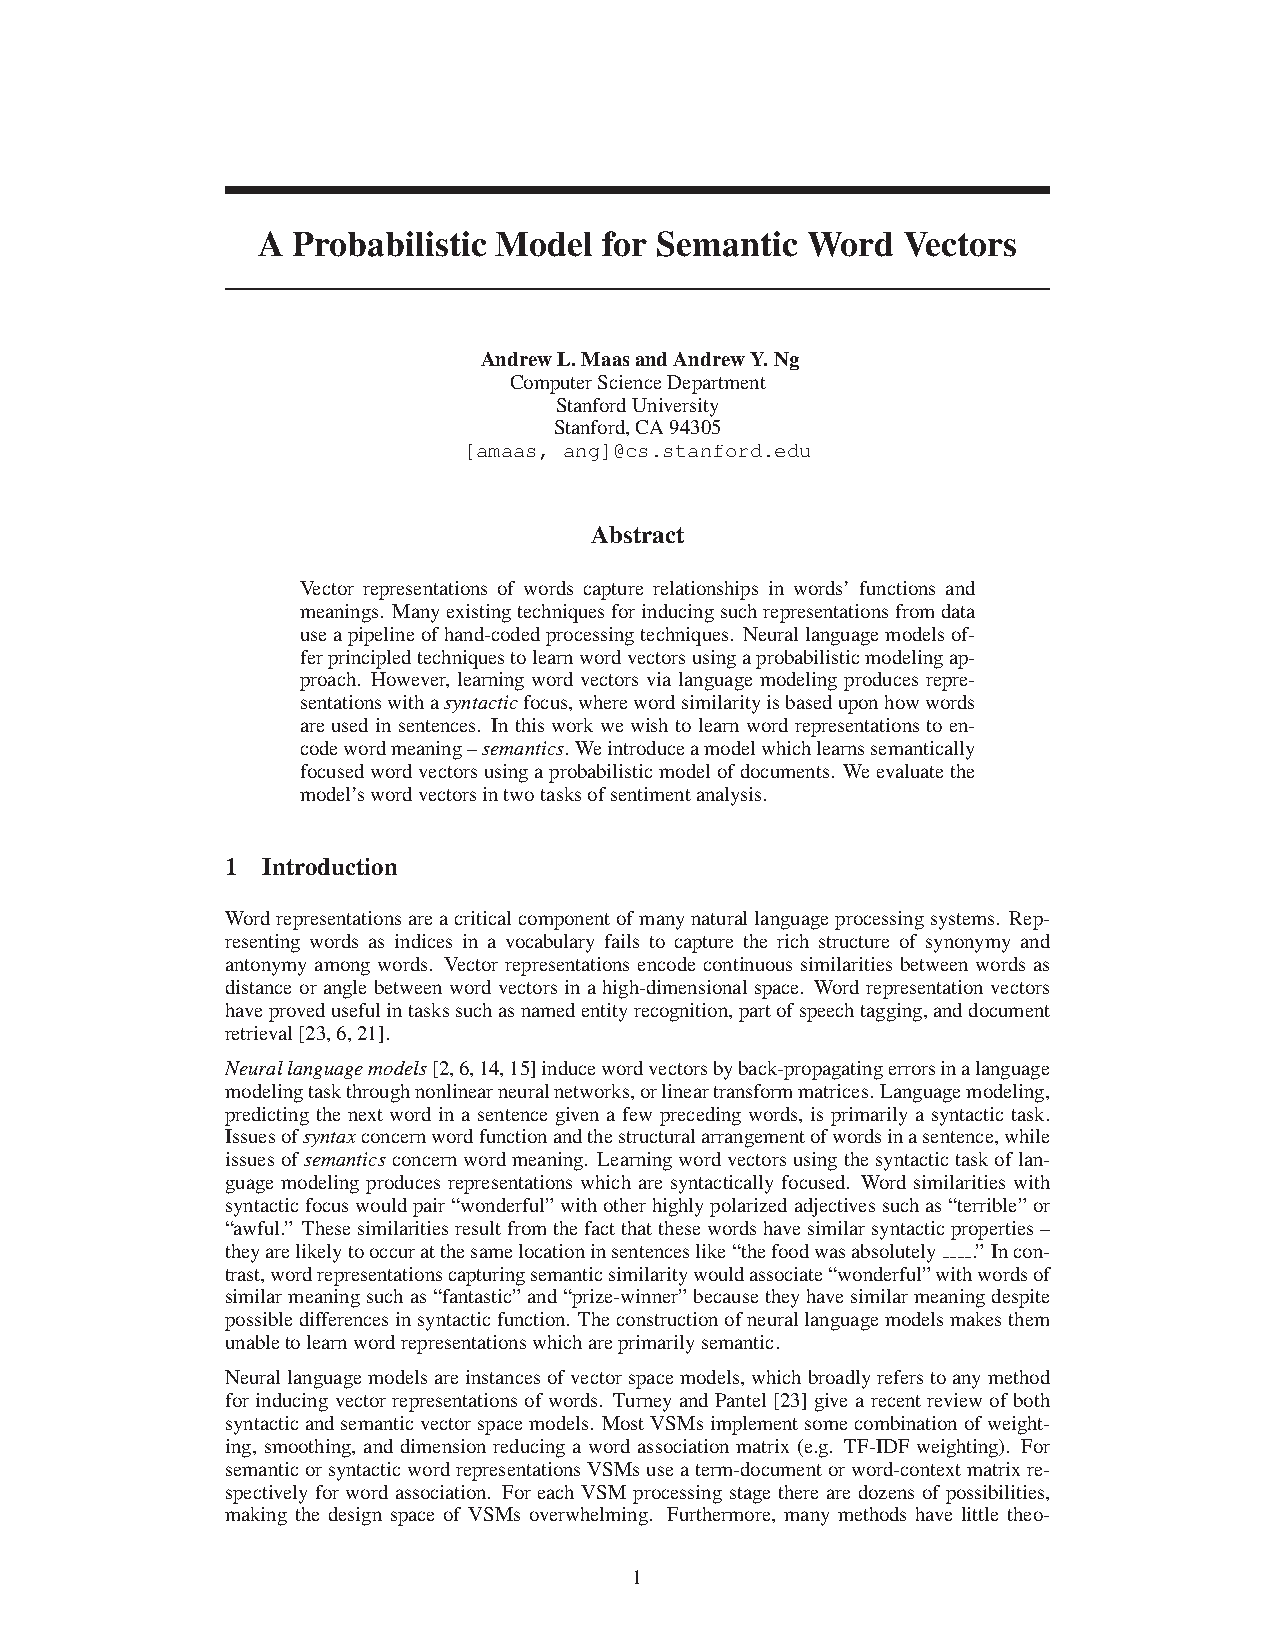
A Probabilistic Model  for Semantic Word   Vectors
 AndrewL.MaasandAndrewY.Ng
 ComputerScienceDepartment
 StanfordUniversity
 Stanford,CA94305
 [amaas, ang]@cs.stanford.edu
 Abstract
 Vector representations of words capture relationships in words’ functions and
 meanings. Manyexistingtechniquesforinducingsuchrepresentationsfromdata
 useapipelineofhand-codedprocessingtechniques. Neurallanguagemodelsof-
 ferprincipledtechniquestolearnwordvectorsusingaprobabilisticmodelingap-
 proach. However, learning word vectors via language modeling produces repre-
 sentationswithasyntacticfocus,wherewordsimilarityisbaseduponhowwords
 areusedinsentences. Inthisworkwewishtolearnwordrepresentationstoen-
 codewordmeaning–semantics. Weintroduceamodelwhichlearnssemantically
 focusedwordvectorsusingaprobabilisticmodelofdocuments. Weevaluatethe
 model’swordvectorsintwotasksofsentimentanalysis.
 1 Introduction
 Wordrepresentationsareacriticalcomponentofmanynaturallanguageprocessingsystems. Rep-
 resenting words as indices in a vocabulary fails to capture the rich structure of synonymy and
 antonymy among words. Vector representations encode continuous similarities between words as
 distance or angle between word vectors in a high-dimensional space. Word representation vectors
 haveprovedusefulintaskssuchasnamedentityrecognition,partofspeechtagging,anddocument
 retrieval[23,6,21].
 Neurallanguagemodels[2,6,14,15]inducewordvectorsbyback-propagatingerrorsinalanguage
 modelingtaskthroughnonlinearneuralnetworks,orlineartransformmatrices.Languagemodeling,
 predicting the next word in a sentence given a few preceding words, is primarily a syntactic task.
 Issuesofsyntaxconcernwordfunctionandthestructuralarrangementofwordsinasentence,while
 issuesofsemanticsconcernwordmeaning. Learningwordvectorsusingthesyntactictaskoflan-
 guage modeling produces representations which are syntactically focused. Word similarities with
 syntacticfocuswouldpair“wonderful”withotherhighlypolarizedadjectivessuchas“terrible”or
 “awful.” Thesesimilaritiesresultfromthefactthatthesewordshavesimilarsyntacticproperties–
 theyarelikelytooccuratthesamelocationinsentenceslike“thefoodwasabsolutely .” Incon-
 trast,wordrepresentationscapturingsemanticsimilaritywouldassociate“wonderful”withwordsof
 similarmeaningsuchas“fantastic”and“prize-winner”becausetheyhavesimilarmeaningdespite
 possibledifferencesinsyntacticfunction. Theconstructionofneurallanguagemodelsmakesthem
 unabletolearnwordrepresentationswhichareprimarilysemantic.
 Neurallanguagemodelsareinstancesofvectorspacemodels,whichbroadlyreferstoanymethod
 for inducing vector representations of words. Turney and Pantel [23] give a recent review of both
 syntacticandsemanticvectorspacemodels. MostVSMsimplementsomecombinationofweight-
 ing, smoothing, and dimension reducing a word association matrix (e.g. TF-IDF weighting). For
 semanticorsyntacticwordrepresentationsVSMsuseaterm-documentorword-contextmatrixre-
 spectively for word association. For each VSM processing stage there are dozens of possibilities,
 making the design space of VSMs overwhelming. Furthermore, many methods have little theo-
 1